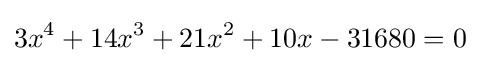
3x^{4}+14x^{3}+21x^{2}+10x-31680=0